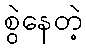
စွဲနေတဲ့